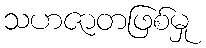
သဟဇာတဖြစ်မှု